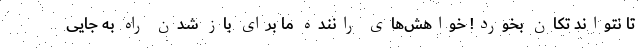
تا نتواند تکان بخورد! خواهش‌های راننده ما برای باز شدن راه به جایی